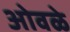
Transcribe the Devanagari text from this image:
ओवळे